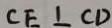
C E \bot C D